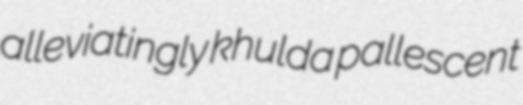
alleviatingly khulda pallescent